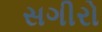
સગીરો